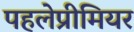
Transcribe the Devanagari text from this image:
पहलेप्रीमियर